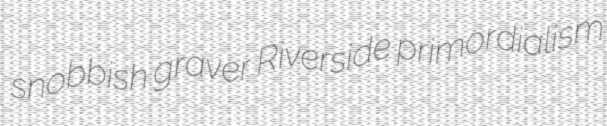
snobbish graver Riverside primordialism